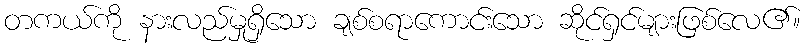
တကယ်ကို နားလည်မှုရှိသော ချစ်စရာကောင်းသော ဆိုင်ရှင်များဖြစ်လေ၏။